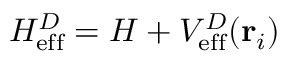
H _ { \mathrm { e f f } } ^ { D } = H + V _ { \mathrm { e f f } } ^ { D } ( { \bf r } _ { i } )